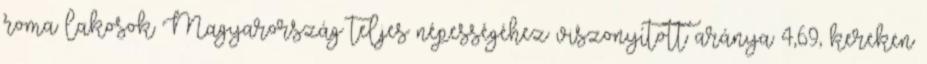
roma lakosok Magyarország teljes népességéhez viszonyított aránya 4,69, kereken